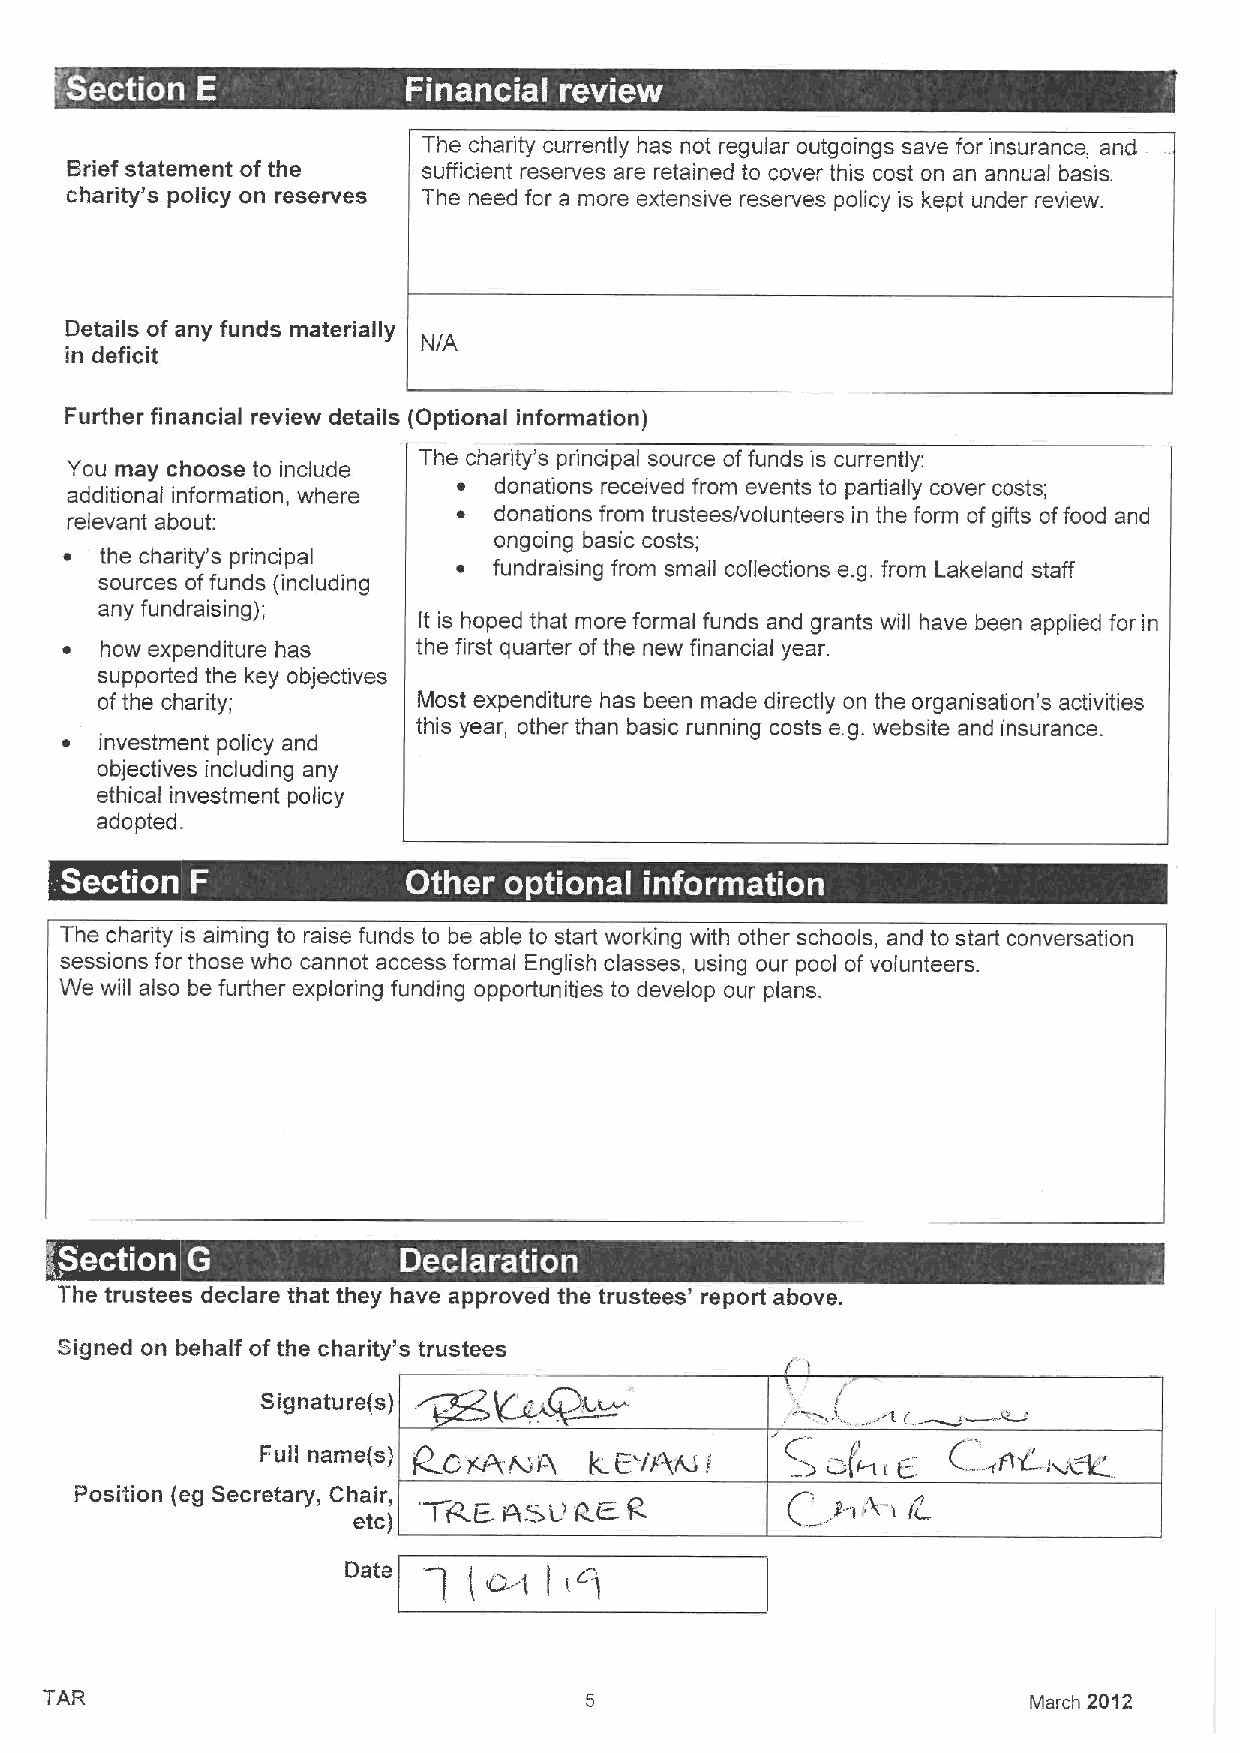
The charity currently has not regular outgoings save for insurance, and
 Brief statement of the  sufficient reserves are retained to cover this cost on an annual basis.
 charity's policy on reserves The need for a more extensive reserves policy is kept under review.
 Details of any funds materially
 in deficit
 Further financial review details (Optional information)
 You may choose to include The charity's principal source offunds is currently:
 additional information, where ~ donations received from events to partially cover costs;
 relevant about:           ~  donations from trustees/volunteers in the form ofgifts offood and
 ongoing basic costs;
 ~  the charity's principal
 ~  fundraising from small collections e.g. from Lakeland staff
 sources offunds (including
 any fundraising);
 It is hoped that more formal funds and grants will have been applied for in
 ~  how expenditure has  the first quarter ofthe new financial year.
 supported the key objectives
 ofthe charity;        Most expenditure has been made directly on the organisafion's activities
 this year, other than basic running costs e.g. website and insurance.
 ~  investment policy and
 objectives including any
 ethical investment policy
 adopted.
 .
 ~
 ~ ~ ~       ~   ~ ~
 The charity is aiming to raise funds to be able to start working with other schools, and to start conversation
 sessions for those who cannot access formal English classes, using our pool of volunteers.
 We will also be further exploring funding opportunities to develop our plans.
 .  .
 -
 ~        ~
 The trustees declare that they have approved the trustees' report above.
 Signed on behalf ofthe charity's trustees
 Signature(s)
 Full name(s)
 Position (eg Secretary, Chair,
 etc)
 Date          ,c)
 TAR                                                              March 2012